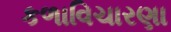
કળાવિચારણા